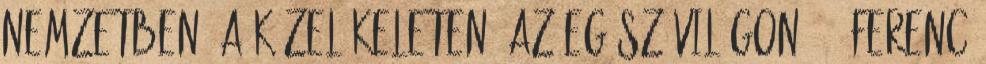
nemzetben, a Közel-Keleten, az egész világon ” – Ferenc